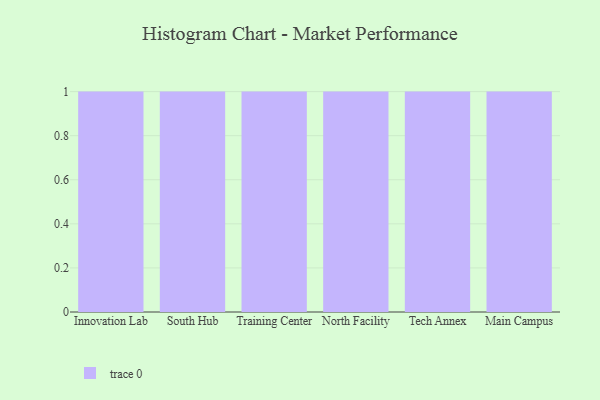
{"axis": {"x": "Campus", "y": "Gross Profit (USD K)"}, "legend": [""], "data": [{"x": "Innovation Lab", "y": 10, "type": ""}, {"x": "South Hub", "y": 9, "type": ""}, {"x": "Training Center", "y": 44, "type": ""}, {"x": "North Facility", "y": 89, "type": ""}, {"x": "Tech Annex", "y": 78, "type": ""}, {"x": "Main Campus", "y": 78, "type": ""}]}